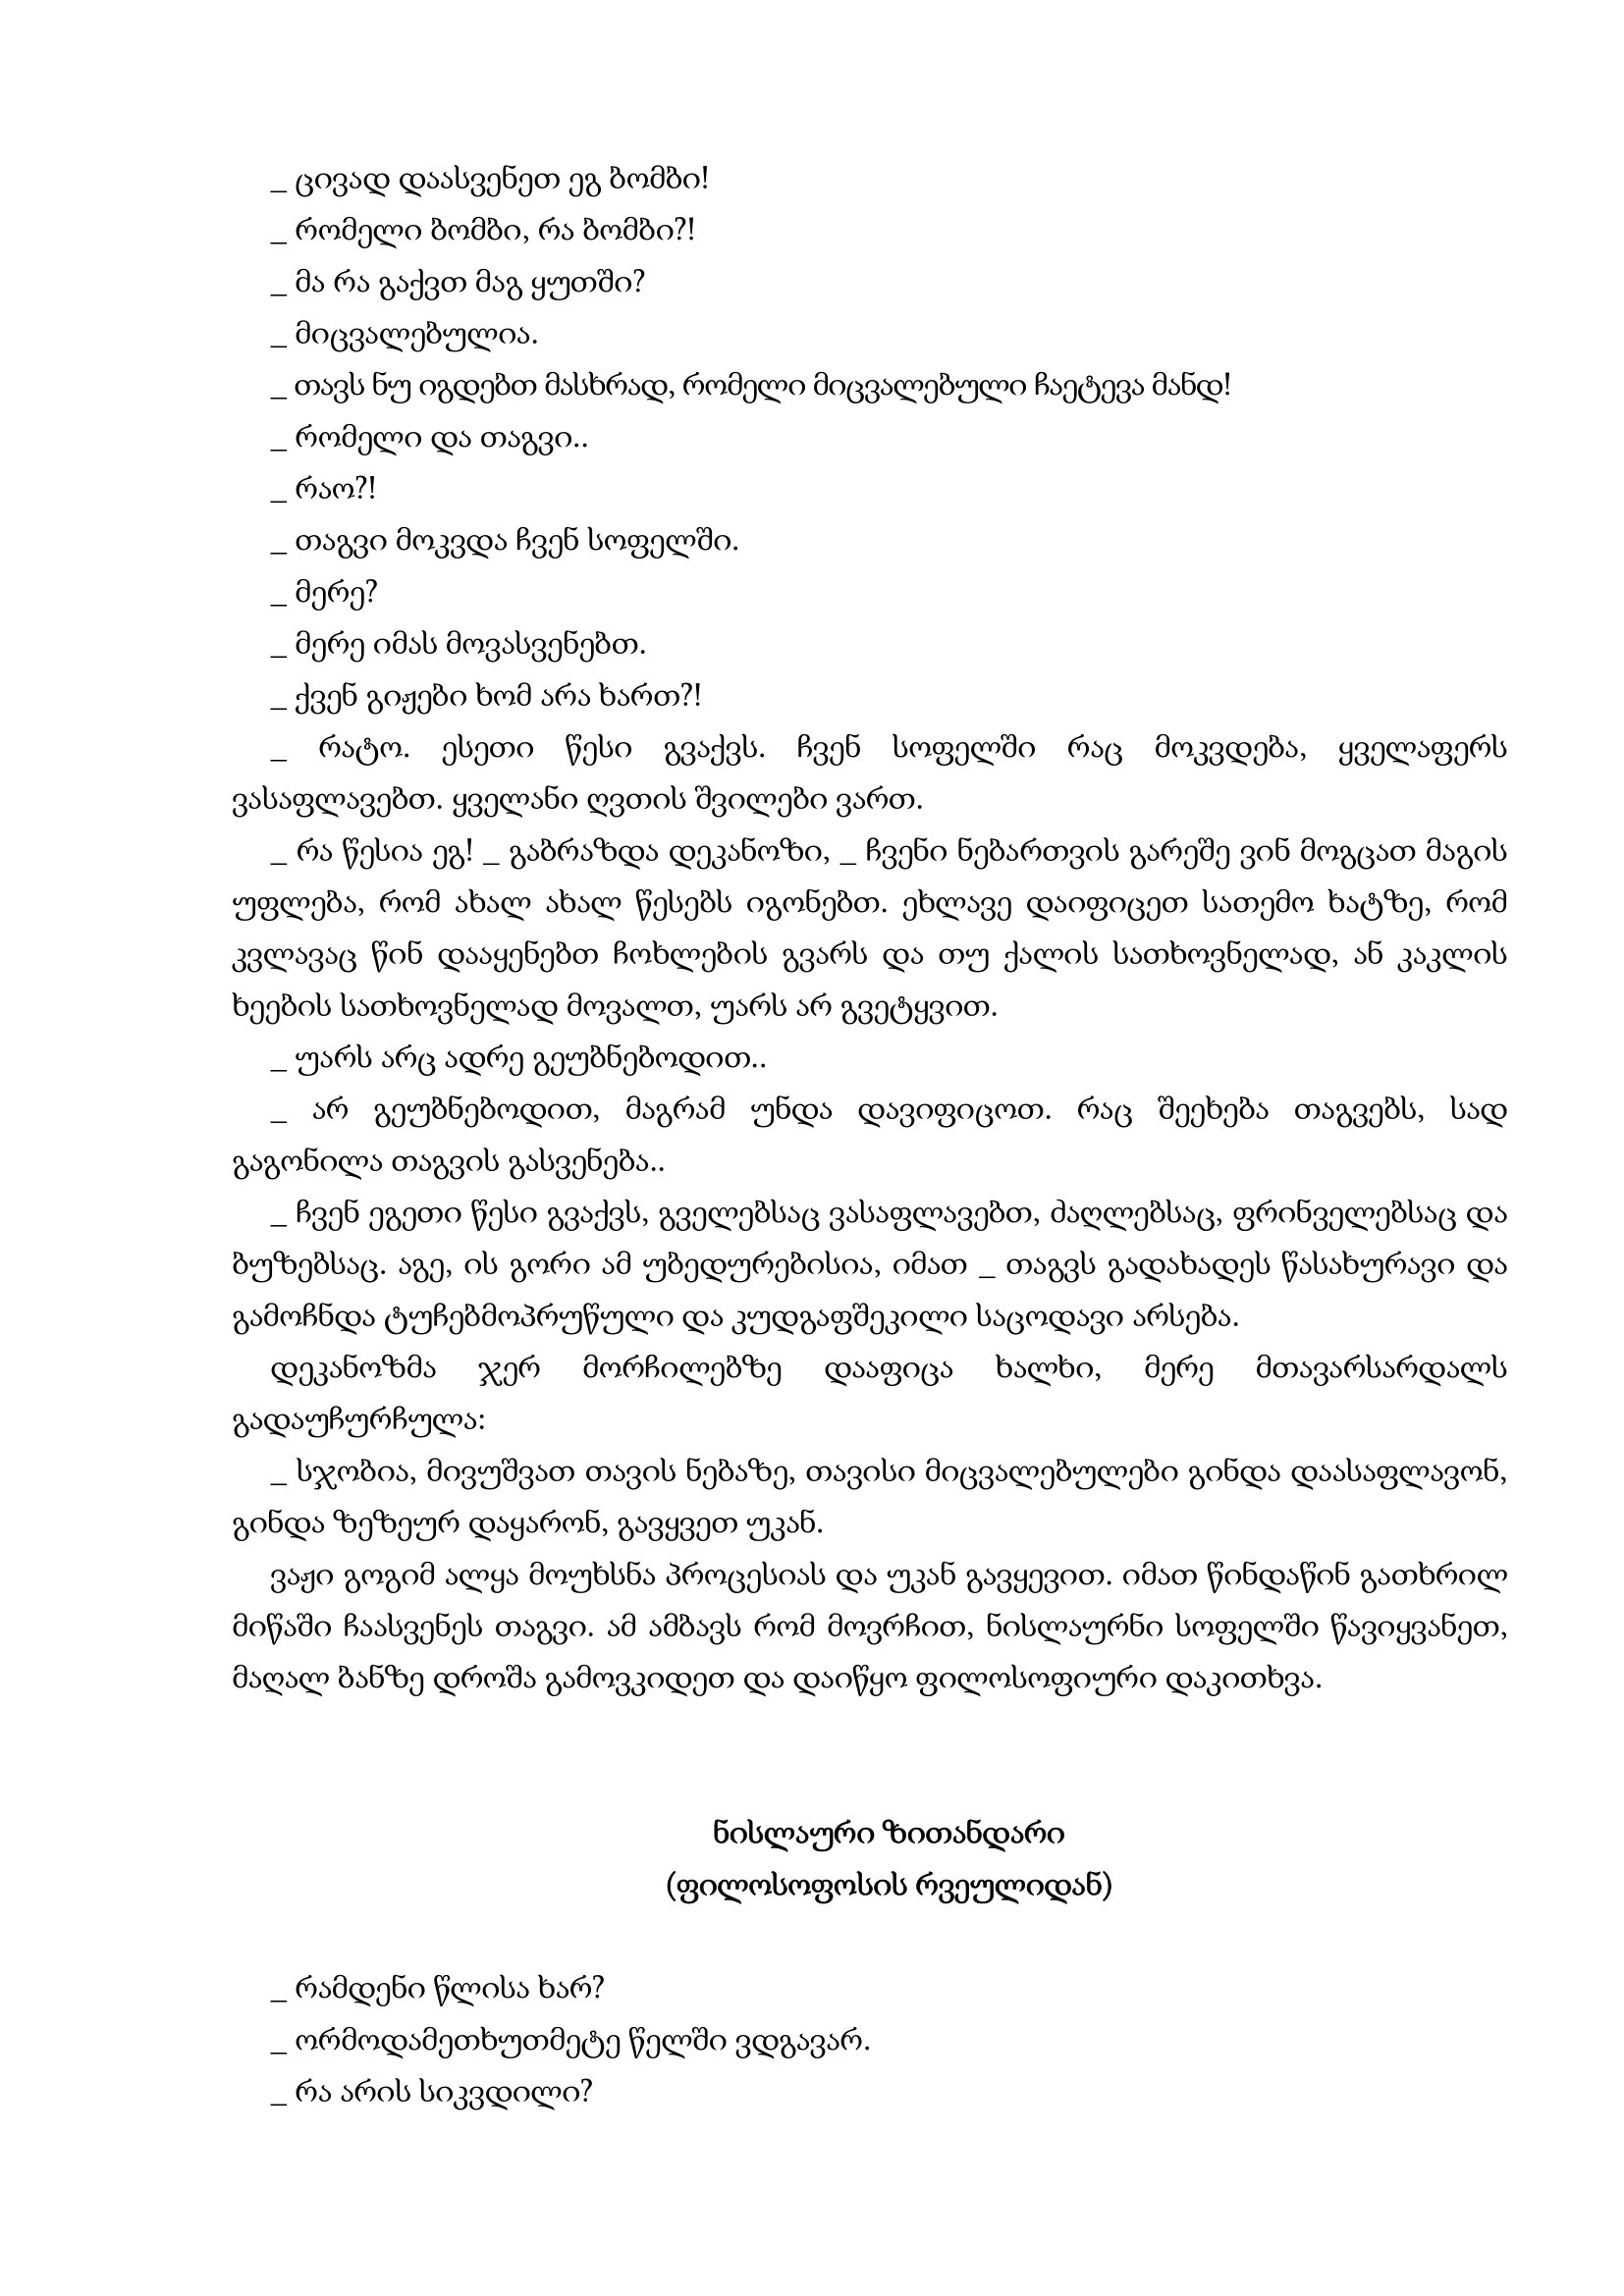
Language: gr